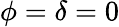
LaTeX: \phi=\delta=0